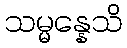
သမ္မန္နေသိ